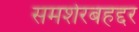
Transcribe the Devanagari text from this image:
समशेरबहद्दर